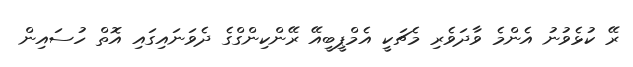
ރޭ ކުޅެވުނު އެންމެ ވާދަވެރި މެޗަކީ އެމްޕީބީއޭ ރޭންކިންގްގެ ދެވަނައިގައި އޮތް ހުސައިން